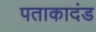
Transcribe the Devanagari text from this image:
पताकादंड